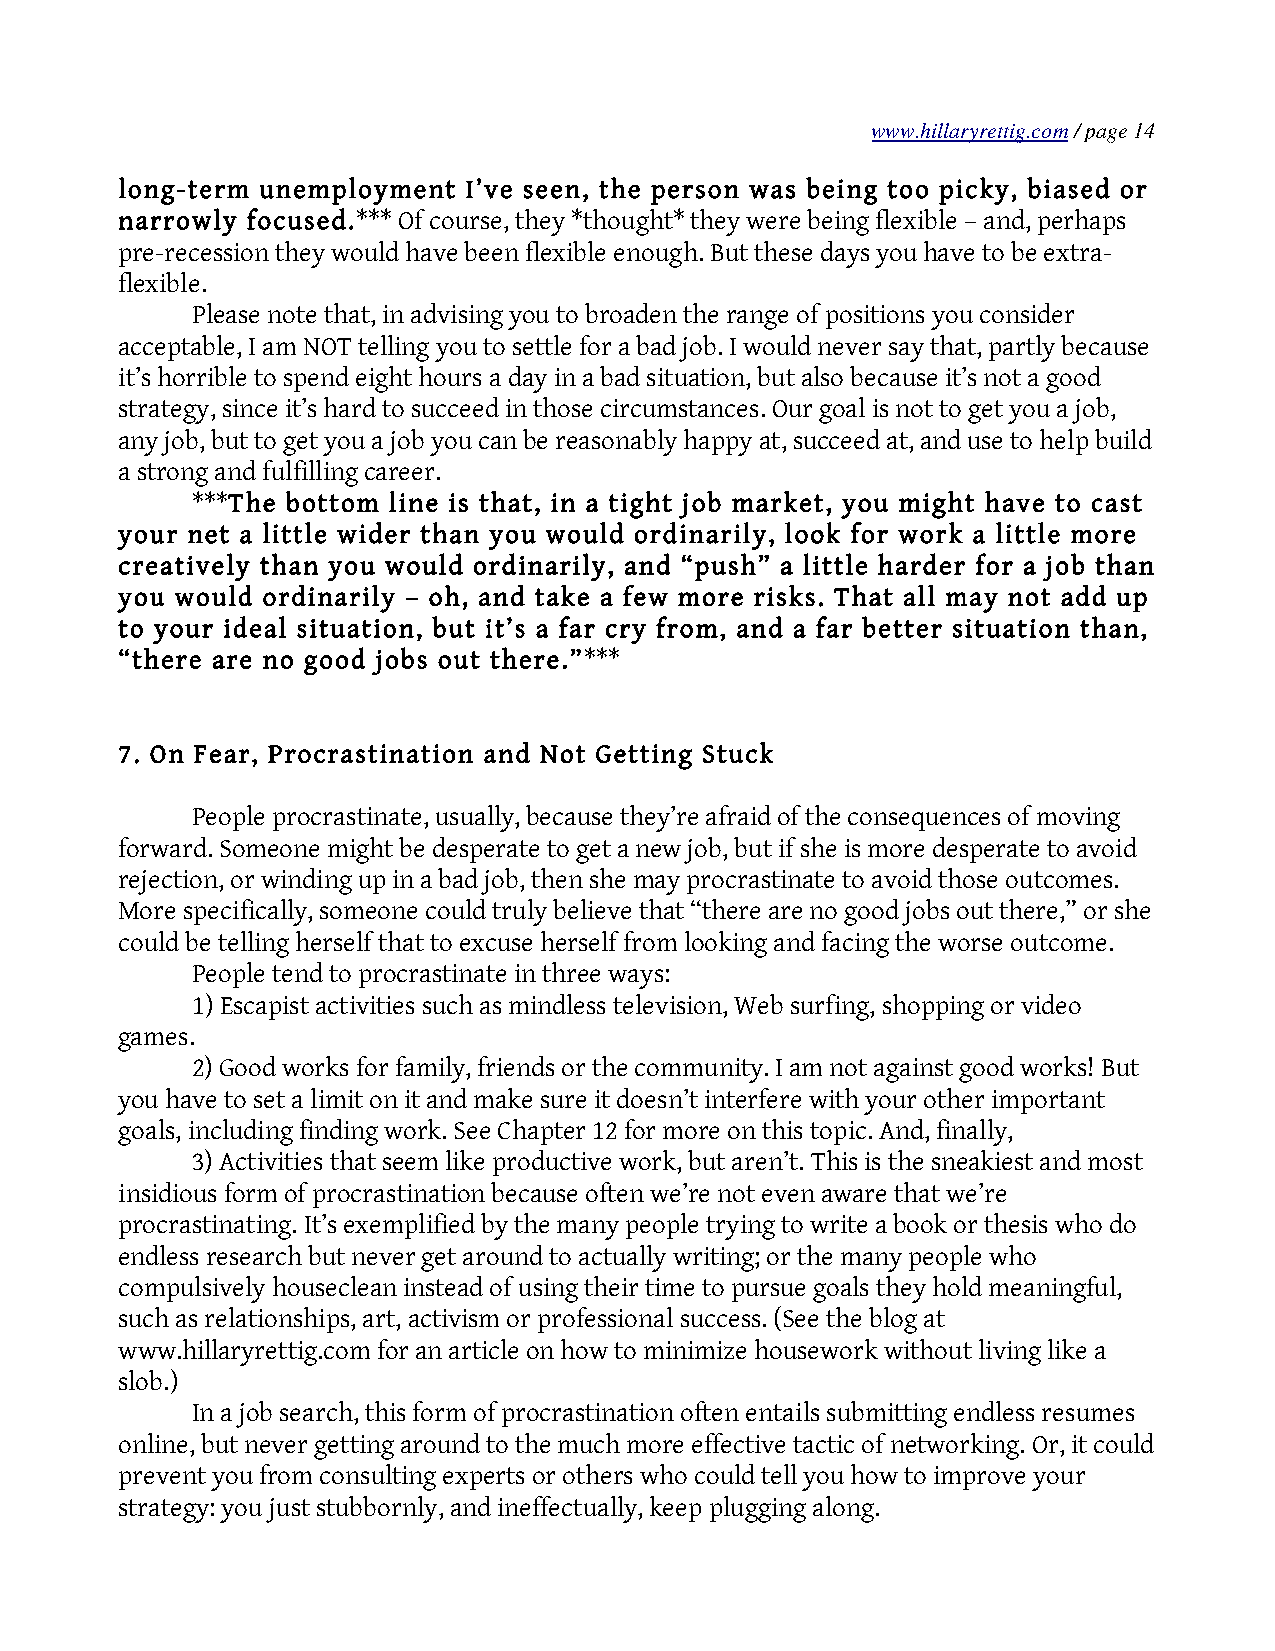
www.hillaryrettig.com / page 14
 long-term unemployment I’ve seen, the person was being too picky, biased or
 narrowly focused.*** Of course, they *thought* they were being flexible – and, perhaps
 pre-recession they would have been flexible enough. But these days you have to be extra-
 flexible.
 Please note that, in advising you to broaden the range of positions you consider
 acceptable, I am NOT telling you to settle for a bad job. I would never say that, partly because
 it’s horrible to spend eight hours a day in a bad situation, but also because it’s not a good
 strategy, since it’s hard to succeed in those circumstances. Our goal is not to get you a job,
 any job, but to get you a job you can be reasonably happy at, succeed at, and use to help build
 a strong and fulfilling career.
 ***The bottom line is that, in a tight job market, you might have to cast
 your net a little wider than you would ordinarily, look for work a little more
 creatively than you would ordinarily, and “push” a little harder for a job than
 you would ordinarily – oh, and take a few more risks. That all may not add up
 to your ideal situation, but it’s a far cry from, and a far better situation than,
 “there are no good jobs out there.”***
 7. On Fear, Procrastination and Not Getting Stuck
 People procrastinate, usually, because they’re afraid of the consequences of moving
 forward. Someone might be desperate to get a new job, but if she is more desperate to avoid
 rejection, or winding up in a bad job, then she may procrastinate to avoid those outcomes.
 More specifically, someone could truly believe that “there are no good jobs out there,” or she
 could be telling herself that to excuse herself from looking and facing the worse outcome.
 People tend to procrastinate in three ways:
 1) Escapist activities such as mindless television, Web surfing, shopping or video
 games.
 2) Good works for family, friends or the community. I am not against good works! But
 you have to set a limit on it and make sure it doesn’t interfere with your other important
 goals, including finding work. See Chapter 12 for more on this topic. And, finally,
 3) Activities that seem like productive work, but aren’t. This is the sneakiest and most
 insidious form of procrastination because often we’re not even aware that we’re
 procrastinating. It’s exemplified by the many people trying to write a book or thesis who do
 endless research but never get around to actually writing; or the many people who
 compulsively houseclean instead of using their time to pursue goals they hold meaningful,
 such as relationships, art, activism or professional success. (See the blog at
 www.hillaryrettig.com for an article on how to minimize housework without living like a
 slob.)
 In a job search, this form of procrastination often entails submitting endless resumes
 online, but never getting around to the much more effective tactic of networking. Or, it could
 prevent you from consulting experts or others who could tell you how to improve your
 strategy: you just stubbornly, and ineffectually, keep plugging along.